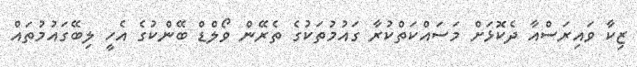
ޒިކާ ވައިރަސްއާ ދެކޮޅަށް މަސައްކަތްކުރާ ގައުމުތަކުގެ ތެރޭން ވޯލްޑް ބޭންކުގެ އެހީ ލިބޭގައުމުތައް